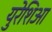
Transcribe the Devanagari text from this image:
युरेशिआ